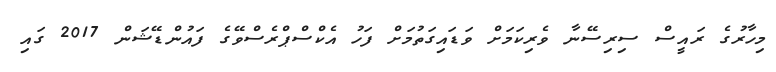
މިހާރުގެ ރައީސް ސިރިސޭނާ ވެރިކަމަށް ވަޑައިގަތުމަށް ފަހު އެކްސްޕްރެސްވޭގެ ފައުންޑޭޝަން 2017 ގައި